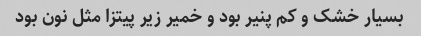
بسیار خشک و کم پنیر بود و خمیر زیر پیتزا مثل نون بود